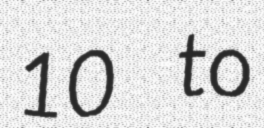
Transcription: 10 to